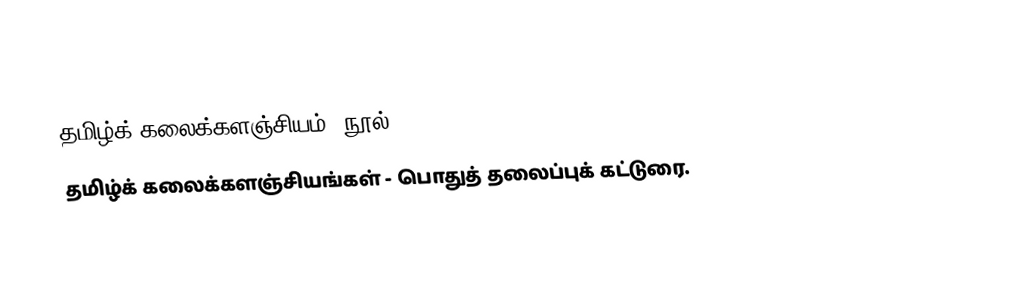
தமிழ்க் கலைக்களஞ்சியம் (நூல்).
 தமிழ்க் கலைக்களஞ்சியங்கள் - பொதுத் தலைப்புக் கட்டுரை.